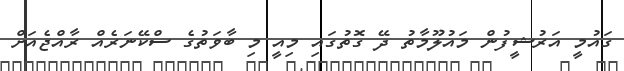
ގައުމީ އަރުޝީފުން މައުލޫމާތު ދޭ ގޮތުގައި މިއީ މި ބާވަތުގެ ސްކޭނަރެއް ރާއްޖެއަށް